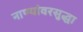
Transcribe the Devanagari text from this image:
नाण्यांवरसुद्धा